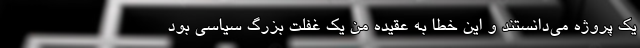
یک پروژه می‌دانستند و این خطا به عقیده‌ من یک غفلت بزرگ سیاسی بود